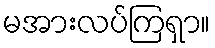
မအားလပ်ကြရှာ။